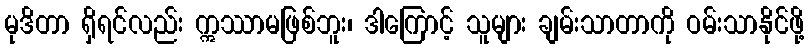
မုဒိတာ ရှိရင်လည်း ဣဿာမဖြစ်ဘူး၊ ဒါကြောင့် သူများ ချမ်းသာတာကို ဝမ်းသာနိုင်ဖို့